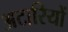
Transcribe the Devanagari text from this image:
अटारियों